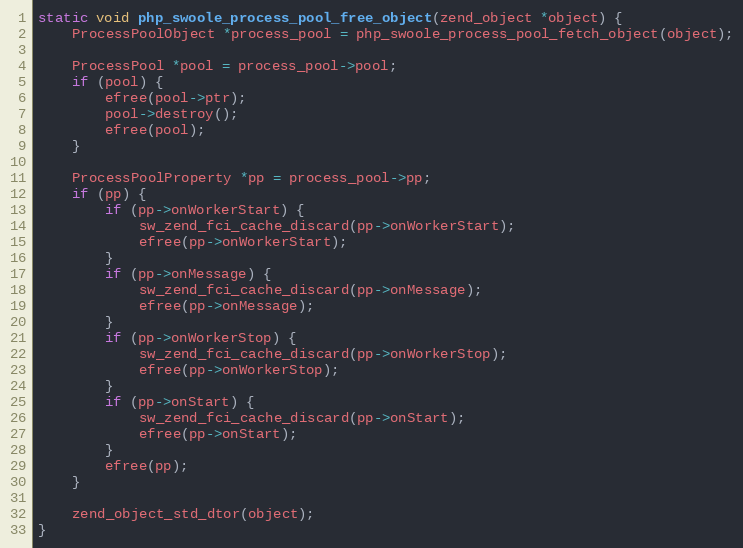
Language: C++
static void php_swoole_process_pool_free_object(zend_object *object) {
    ProcessPoolObject *process_pool = php_swoole_process_pool_fetch_object(object);

    ProcessPool *pool = process_pool->pool;
    if (pool) {
        efree(pool->ptr);
        pool->destroy();
        efree(pool);
    }

    ProcessPoolProperty *pp = process_pool->pp;
    if (pp) {
        if (pp->onWorkerStart) {
            sw_zend_fci_cache_discard(pp->onWorkerStart);
            efree(pp->onWorkerStart);
        }
        if (pp->onMessage) {
            sw_zend_fci_cache_discard(pp->onMessage);
            efree(pp->onMessage);
        }
        if (pp->onWorkerStop) {
            sw_zend_fci_cache_discard(pp->onWorkerStop);
            efree(pp->onWorkerStop);
        }
        if (pp->onStart) {
            sw_zend_fci_cache_discard(pp->onStart);
            efree(pp->onStart);
        }
        efree(pp);
    }

    zend_object_std_dtor(object);
}